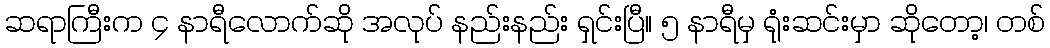
ဆရာကြီးက ၄ နာရီလောက်ဆို အလုပ် နည်းနည်း ရှင်းပြီ။ ၅ နာရီမှ ရုံးဆင်းမှာ ဆိုတော့၊ တစ်